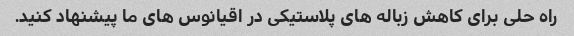
راه حلی برای کاهش زباله های پلاستیکی در اقیانوس های ما پیشنهاد کنید.